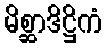
မိစ္ဆာဒိဋ္ဌိကံ